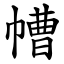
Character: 㡟